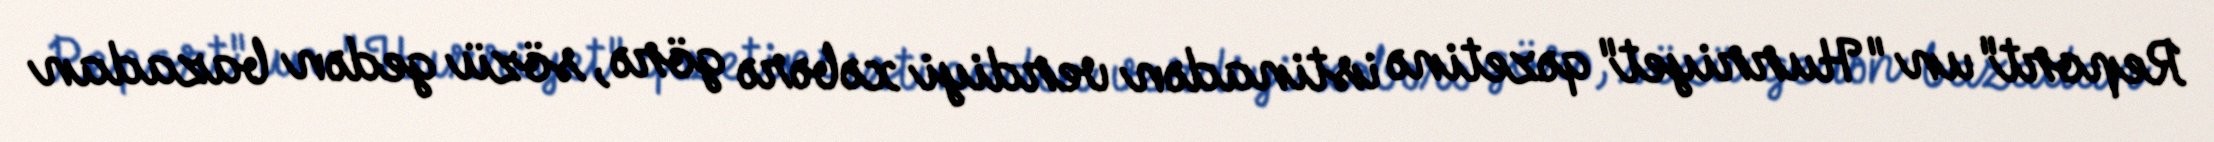
Report"un "Hurriyet" qəzetinə istinadən verdiyi xəbərə görə, sözü gedən bazadan